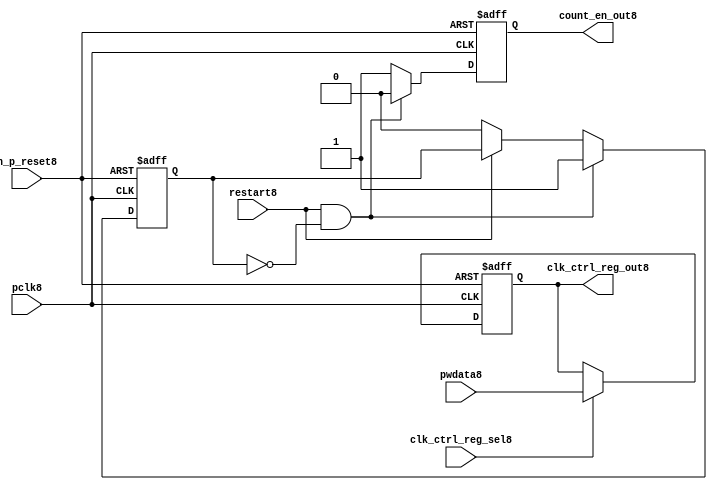
//File8 name   : ttc_count_rst_lite8.v
//Title8       : 
//Created8     : 1999
//Description8 : TTC8 counter reset block
//Notes8       : 
//----------------------------------------------------------------------
//   Copyright8 1999-2010 Cadence8 Design8 Systems8, Inc8.
//   All Rights8 Reserved8 Worldwide8
//
//   Licensed8 under the Apache8 License8, Version8 2.0 (the
//   "License8"); you may not use this file except8 in
//   compliance8 with the License8.  You may obtain8 a copy of
//   the License8 at
//
//       http8://www8.apache8.org8/licenses8/LICENSE8-2.0
//
//   Unless8 required8 by applicable8 law8 or agreed8 to in
//   writing, software8 distributed8 under the License8 is
//   distributed8 on an "AS8 IS8" BASIS8, WITHOUT8 WARRANTIES8 OR8
//   CONDITIONS8 OF8 ANY8 KIND8, either8 express8 or implied8.  See
//   the License8 for the specific8 language8 governing8
//   permissions8 and limitations8 under the License8.
//----------------------------------------------------------------------

module ttc_count_rst_lite8(

  //inputs8
  n_p_reset8,                             
  pclk8, 
  pwdata8,                                                           
  clk_ctrl_reg_sel8,
  restart8,        

  //outputs8
  count_en_out8,
  clk_ctrl_reg_out8

  );


//-----------------------------------------------------------------------------
// PORT DECLARATIONS8
//-----------------------------------------------------------------------------

   // inputs8
   input n_p_reset8;                 // Reset8 signal8
   input pclk8;                    // APB8 System8 clock8
   input [6:0] pwdata8;           // 7-Bit8 pwdata8 from APB8 interface
   input clk_ctrl_reg_sel8;        // Select8 for the clk_ctrl_reg8
   input restart8;                 // Restart8 reset from cntr_ctrl_reg8

   // outputs8
   output count_en_out8;
   output [6:0] clk_ctrl_reg_out8; // Controls8 clock8 selected


//-----------------------------------------------------------------------------
// Internal Signals8 & Registers8
//-----------------------------------------------------------------------------


   
   reg [6:0]    clk_ctrl_reg8;     //7-bit clock8 control8 register.
   
   reg          restart_var8;      //ensures8 prescaler8 reset at start of restart8 
   
   reg          count_en8;         //enable signal8 to counter

   
   wire [6:0]   clk_ctrl_reg_out8; //clock8 control8 output wire
   wire         count_en_out8;     //counter enable output
   
   
//-----------------------------------------------------------------------------
// Logic8 Section8:


//
//    p_clk_ctrl8: Process8 to implement the clk_ctrl_reg8.  
//                When8 select8 line is set then8 the data will be inserted8 to 
//                the clock8 control8 register, otherwise8 it will be equal8 to 
//                the previous value of the register, else it will be zero.
//-----------------------------------------------------------------------------

   assign clk_ctrl_reg_out8  = clk_ctrl_reg8;
   assign count_en_out8      = count_en8;


//    p_ps_counter8: counter for clock8 enable generation8.
   
   always @(posedge pclk8 or negedge n_p_reset8)
   begin: p_ps_counter8
      
      if (!n_p_reset8)
      begin
         restart_var8  <= 1'b0;
         count_en8     <= 1'b0;
      end
      else
      begin
         if (restart8 & ~restart_var8)
         begin
            restart_var8  <= 1'b1;
            count_en8     <= 1'b0;
         end 
         
         else 
           begin
              
              if (~restart8)
                 restart_var8 <= 1'b0;
              else
                 restart_var8 <= restart_var8;
                 
              count_en8     <= 1'b1;        
              
           end
      end // else: !if(!n_p_reset8)      
  
   end  //p_ps_counter8



// p_clk_ctrl8 : Process8 for writing to the clk_ctrl_reg8
   
   always @ (posedge pclk8 or negedge n_p_reset8)
   begin: p_clk_ctrl8
      
      if (!n_p_reset8)
         clk_ctrl_reg8 <= 7'h00;
      else
      begin 

         if (clk_ctrl_reg_sel8)
            clk_ctrl_reg8 <= pwdata8;
         else
            clk_ctrl_reg8 <= clk_ctrl_reg8;

      end 
      
   end  //p_clk_ctrl8

   
endmodule